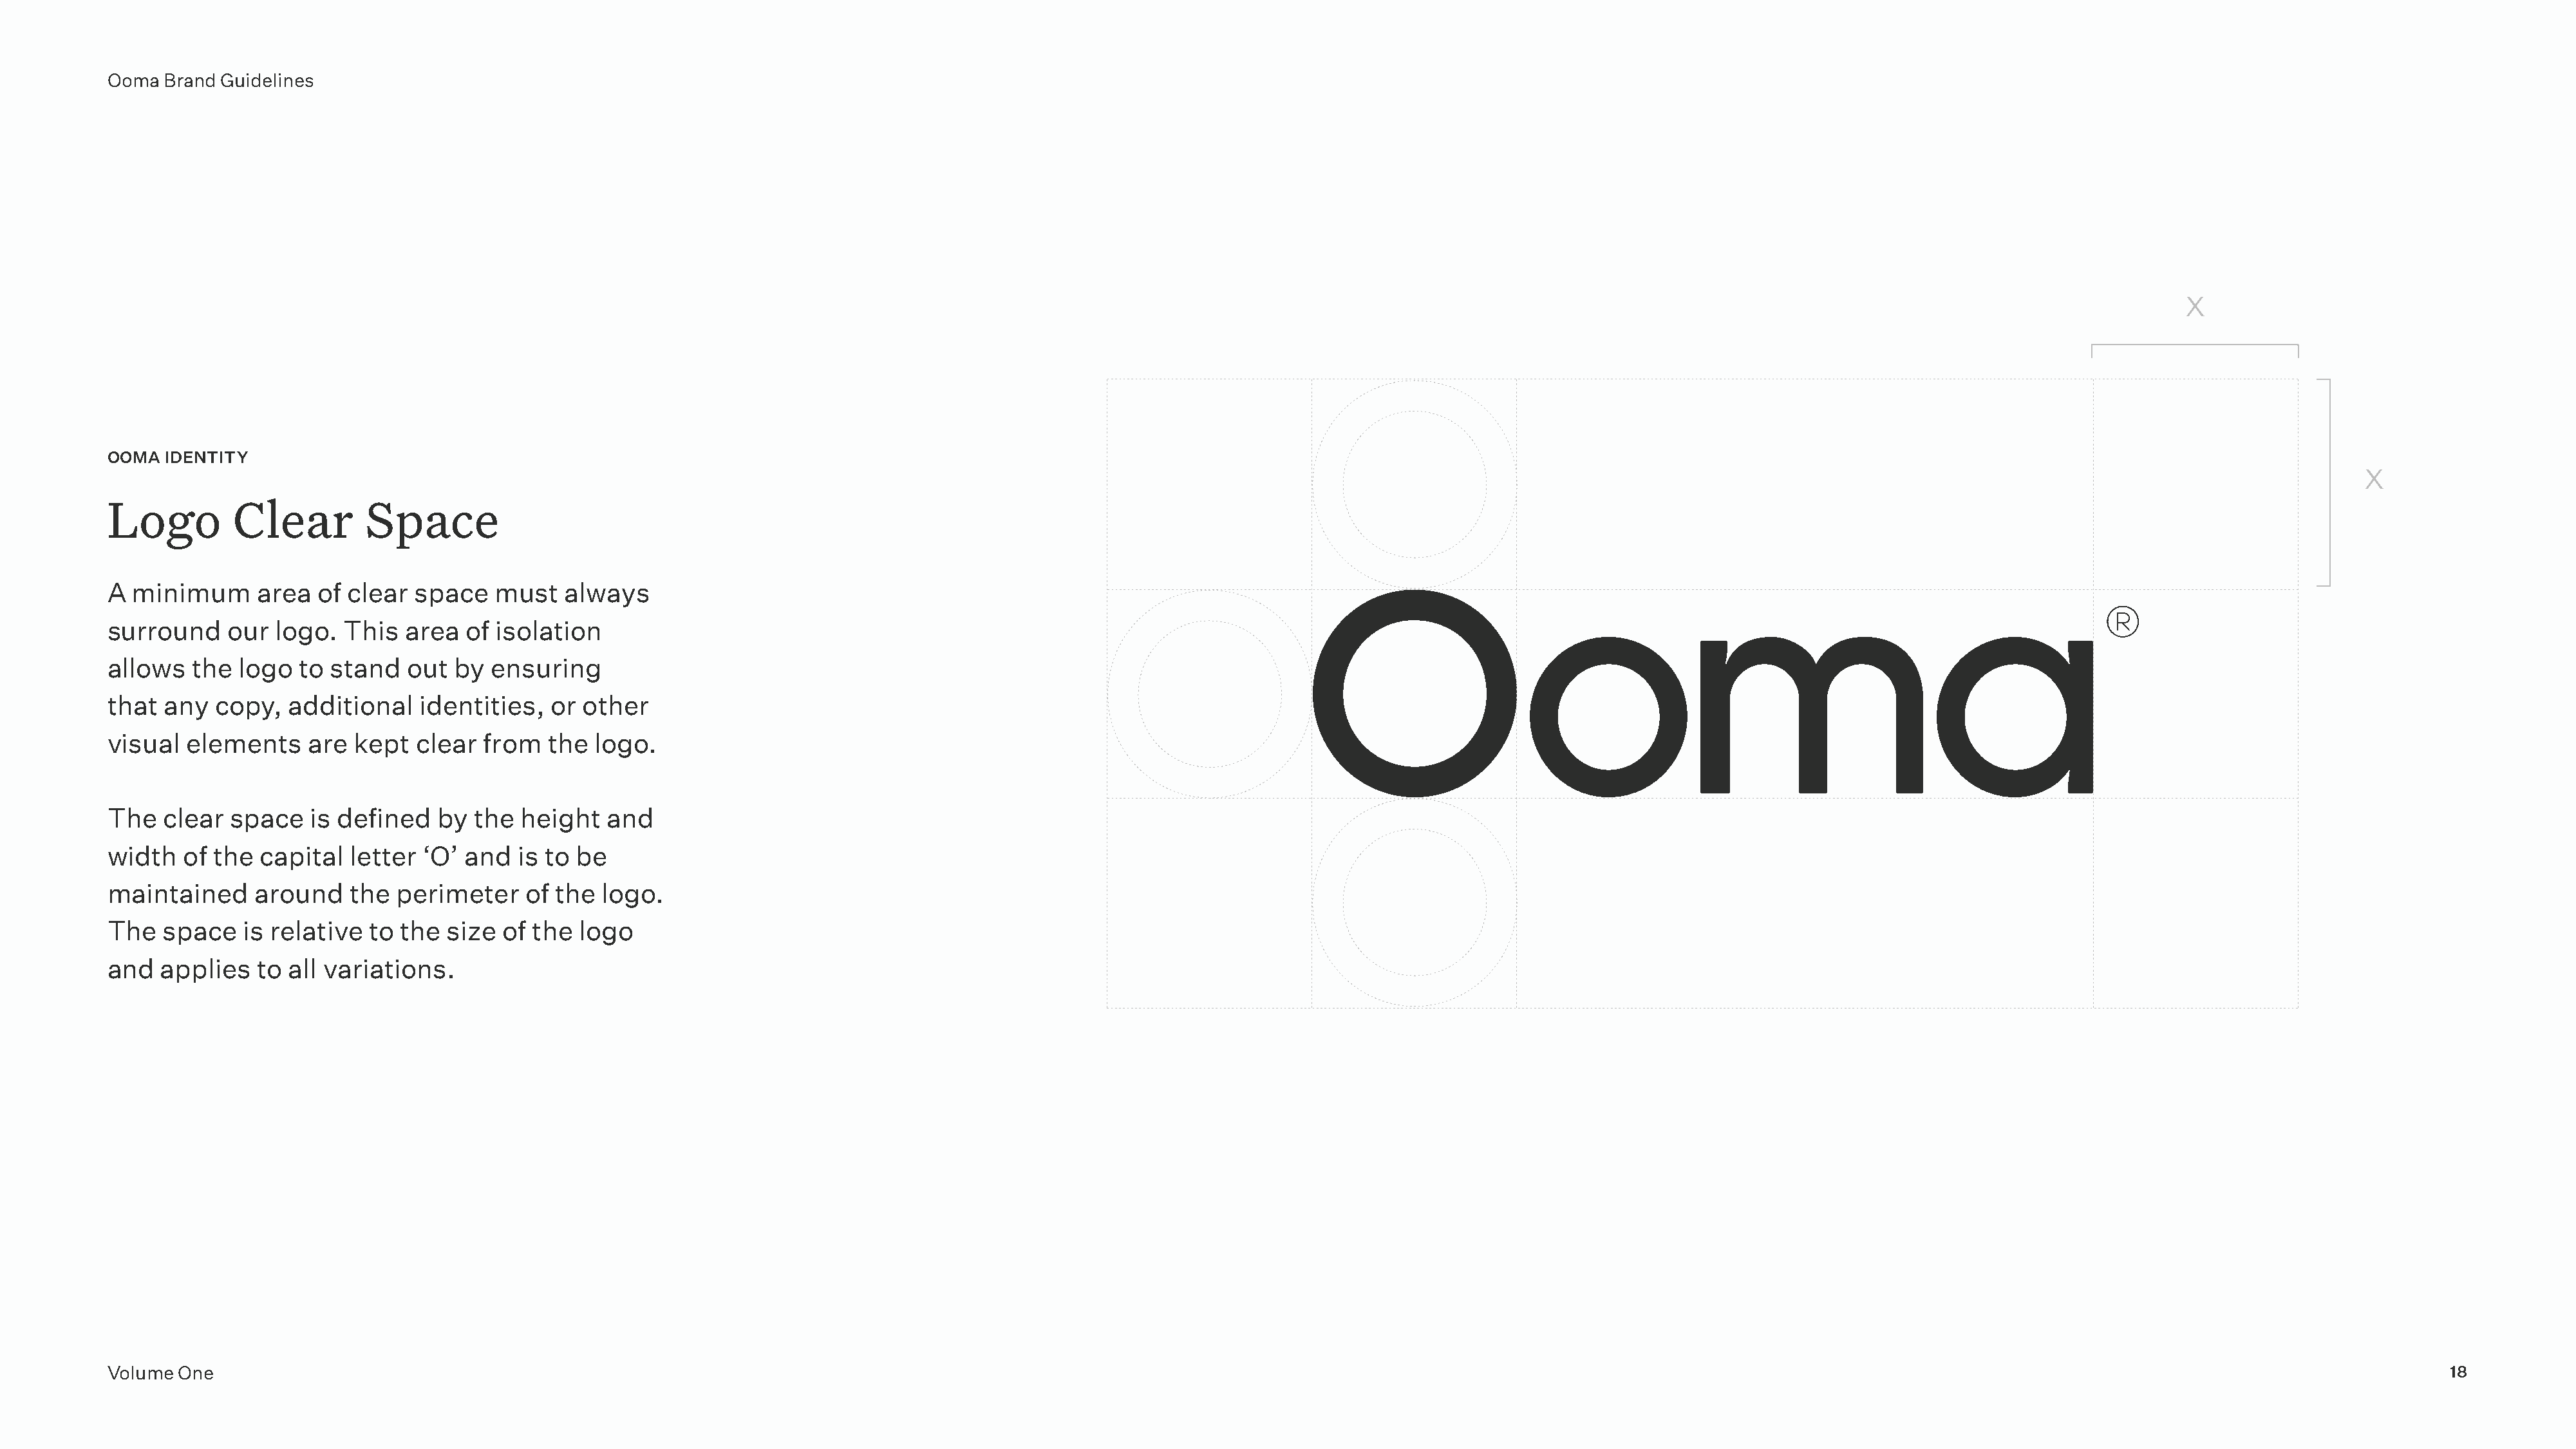
Ooma  Brand Guidelines
 X
 OOMA  IDENTITY
 X
 Logo         Clear         Space
 A  minimum     area   of clear  space   must   always
 surround    our  logo.  This   area  of isolation
 allows   the  logo  to stand   out  by  ensuring
 that  any  copy,   additional   identities,   or other
 visual  elements     are kept   clear  from  the  logo.
 The   clear  space   is defined   by  the  height  and
 width   of the  capital  letter ‘O’  and  is to be
 maintained     around    the  perimeter    of the  logo.
 The   space   is relative  to the  size  of the  logo
 and  applies   to  all variations.
 Volume One                                                                                                                                                                                                                                       18